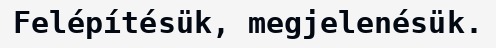
Felépítésük, megjelenésük.